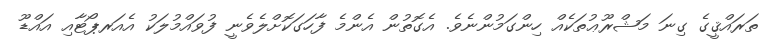
ތަރައްޤީގެ ގިނަ މަޝްރޫޢުތަކެއް ހިންގަމުންނެވެ. އެގޮތުން އެންމެ ފާހަގަކޮށްލެވެނީ ފުވައްމުލަކު އެއަރޕޯޓާއި އައްޑޫ